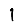
Digit: 1